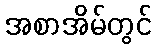
အစာအိမ်တွင်